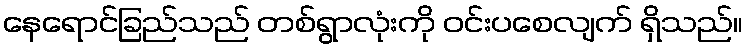
နေရောင်ခြည်သည် တစ်ရွာလုံးကို ဝင်းပစေလျက် ရှိသည်။